65_HS1-834228961_62-HQ-83894_Section_1
Agency: FBI
Page 58
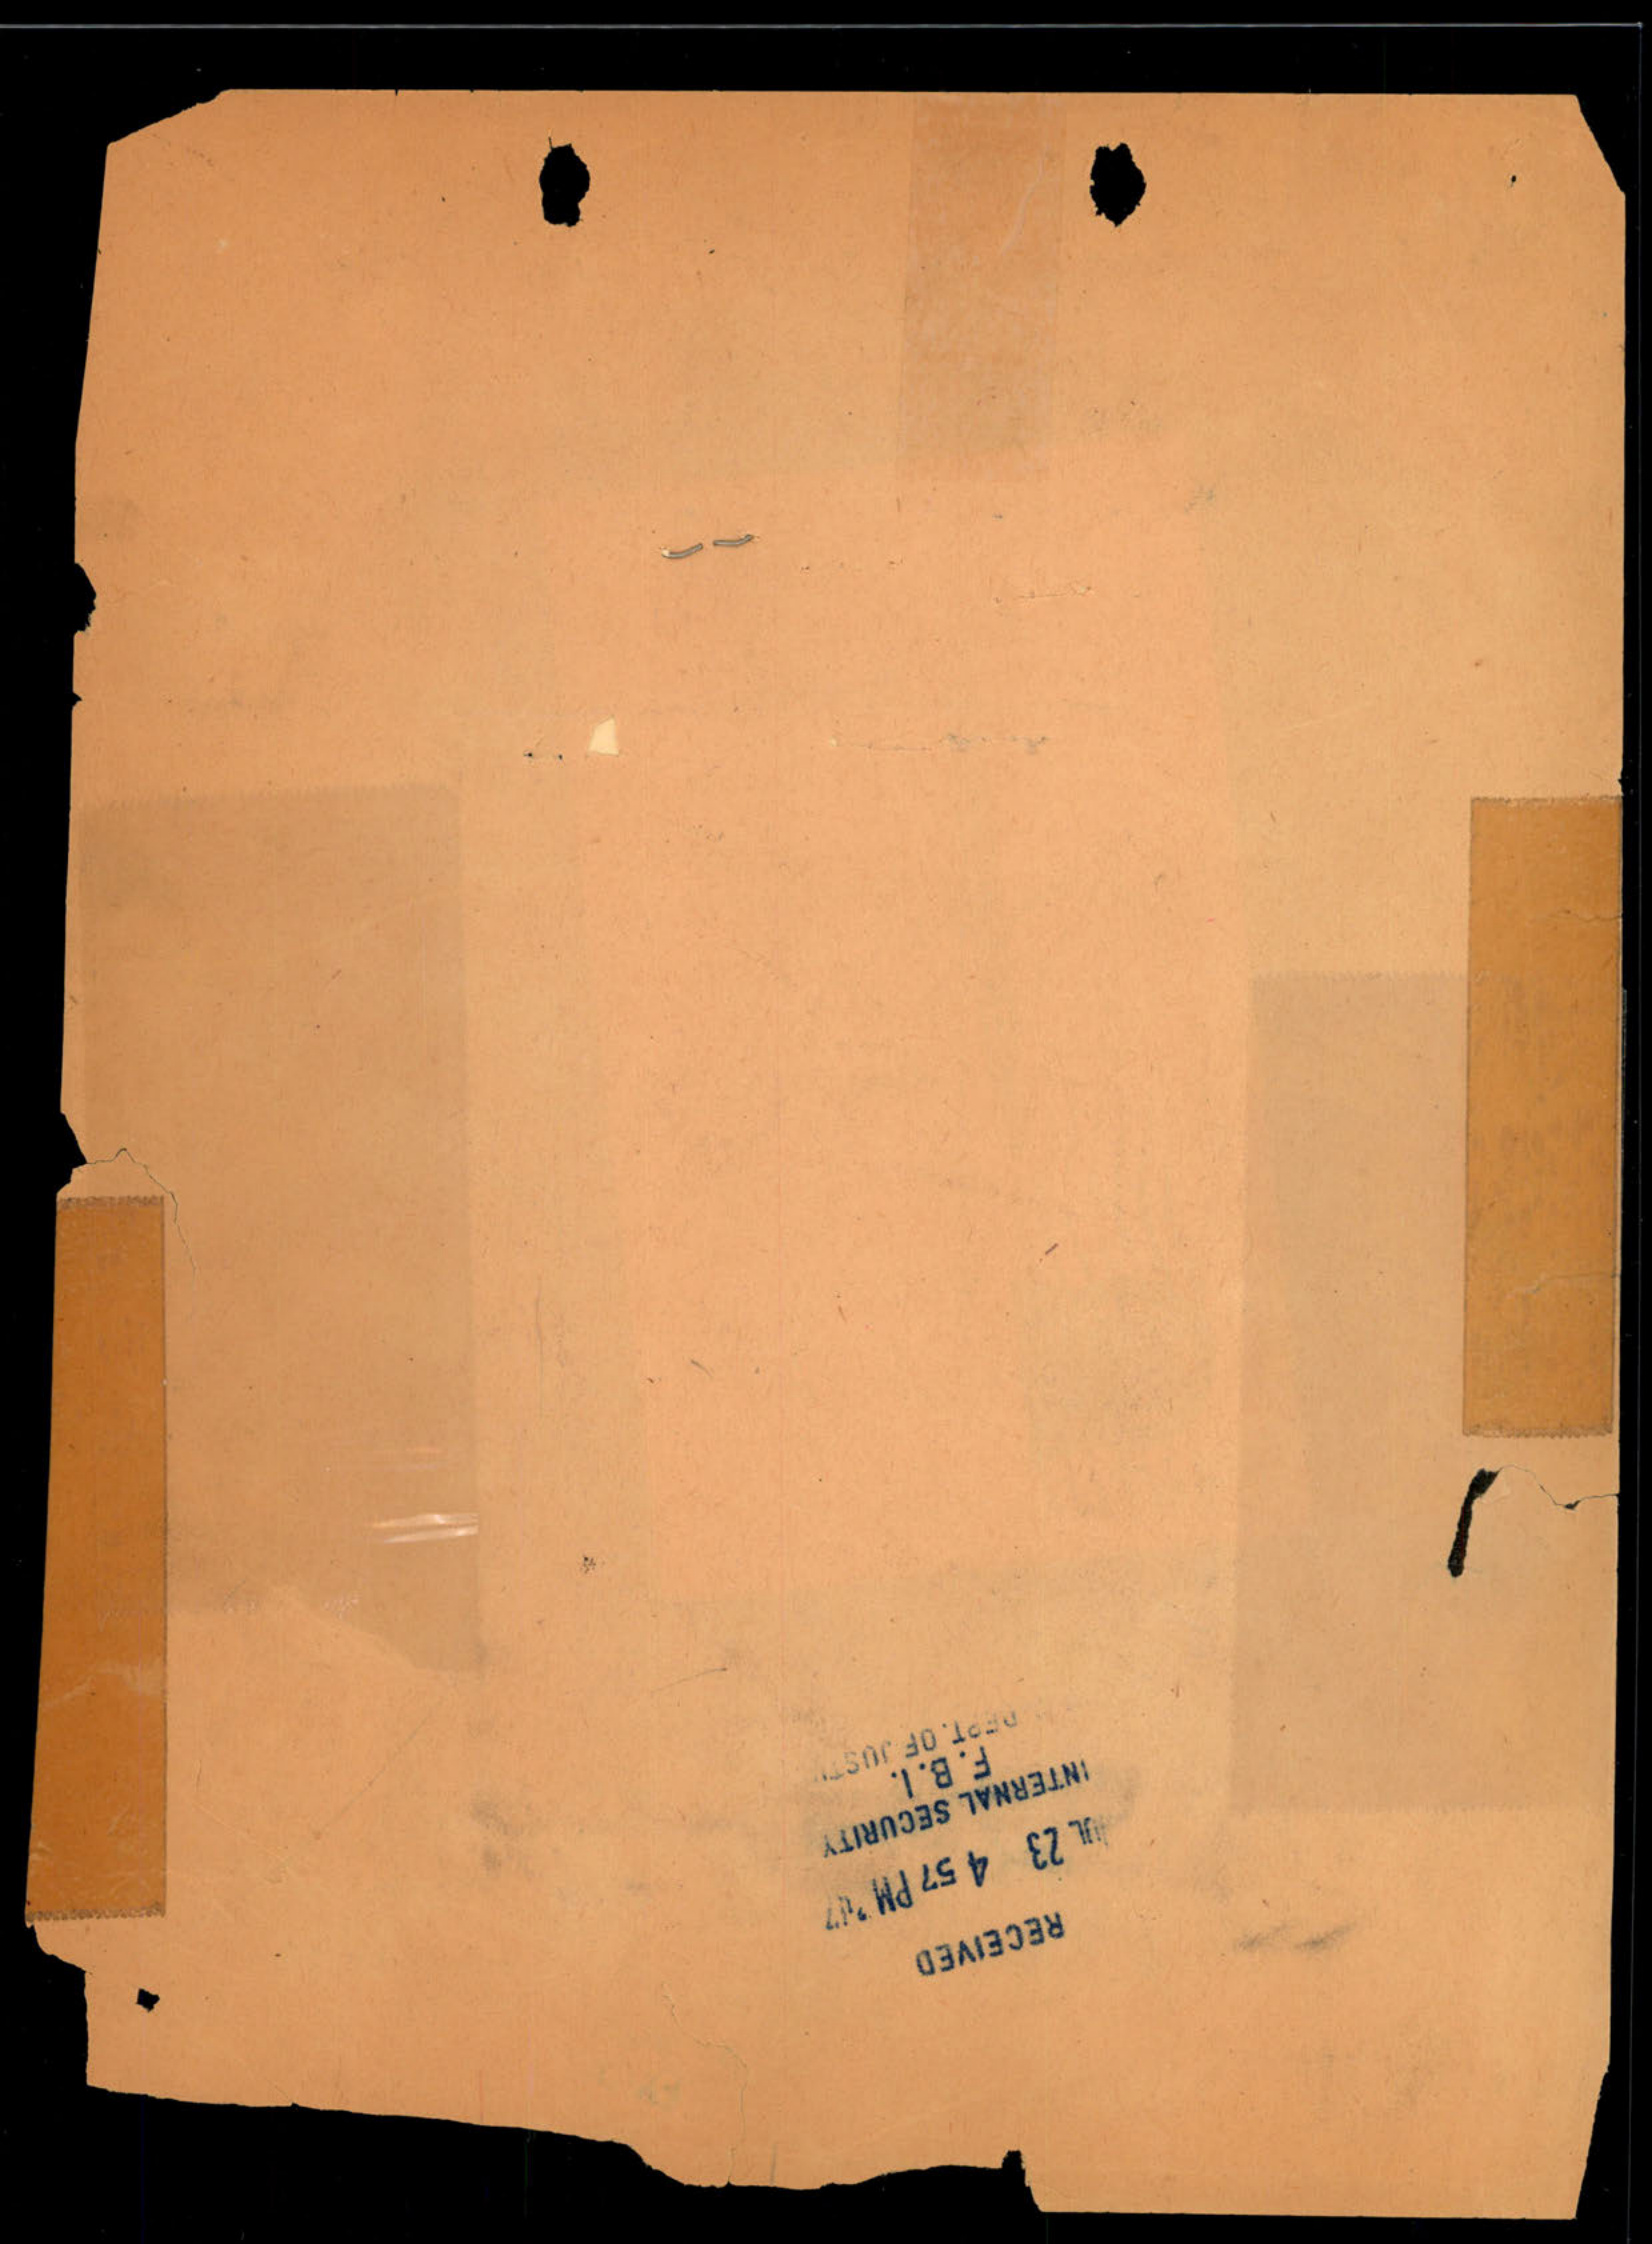